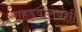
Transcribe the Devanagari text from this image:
गहड़वालवंशी